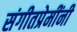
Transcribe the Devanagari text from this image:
संगीतप्रेमींनी